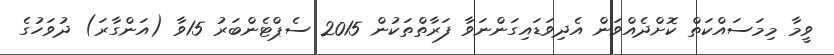
ވީމާ މިމަސައްކަތް ކޮށްދެއްވަން އެދިވަޑައިގަންނަވާ ފަރާތްތަކުން 2015 ސެޕްޓެންބަރު 15ވާ (އަންގާރަ) ދުވަހުގެ